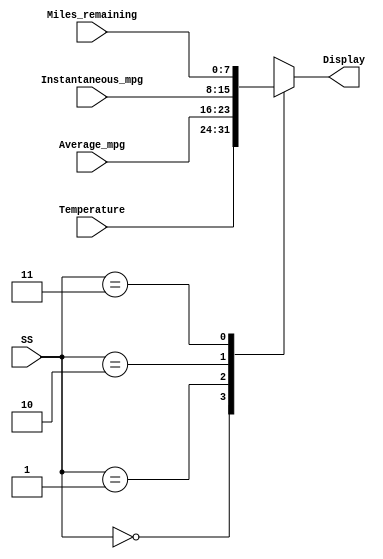
`timescale 1ns / 1ps
//////////////////////////////////////////////////////////////////////////////////
// Company: 
// Engineer: 
// 
// Design Name: 
// Module Name: Mirror_Diplay
// Project Name: 
// Target Devices: 
// Tool Versions: 
// Description: 
// 
// Dependencies: 
// 
// Revision:
// Revision 0.01 - File Created
// Additional Comments:
// 
//////////////////////////////////////////////////////////////////////////////////


module Mirror_Diplay(
    input wire [7:0] Temperature, // All 4 sensors as Input
    input wire [7:0] Average_mpg,
    input wire [7:0] Instantaneous_mpg,
    input wire [7:0] Miles_remaining,
    input wire [1:0] SS,       // Selector Switches x,y as per block diagram
    output reg [7:0] Display // Output mirror display
    );
    
    always@(*)
    case(SS)
    0:Display = Temperature;
    1:Display = Average_mpg;
    2:Display = Instantaneous_mpg;
    3:Display = Miles_remaining;
    endcase
    
    
    
endmodule